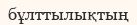
бұлттылықтың